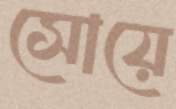
সোয়ে